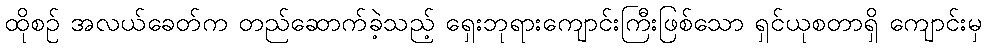
ထိုစဉ် အလယ်ခေတ်က တည်ဆောက်ခဲ့သည့် ရှေးဘုရားကျောင်းကြီးဖြစ်သော ရှင်ယုစတာရှိ ကျောင်းမှ